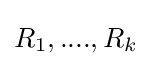
R_{1},....,R_{k}